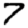
Digit: 7